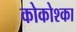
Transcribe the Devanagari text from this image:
कोकोश्का